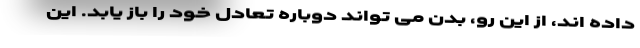
داده اند، از این رو، بدن می تواند دوباره تعادل خود را باز یابد. این